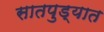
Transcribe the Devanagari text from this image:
सातपुड्यात